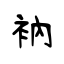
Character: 衲